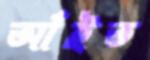
আঁইত